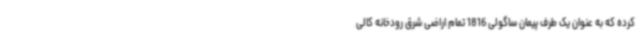
کرده که به عنوان یک طرف پیمان ساگولی 1816 تمام اراضی شرق رودخانه کالی